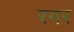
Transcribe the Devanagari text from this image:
रगर